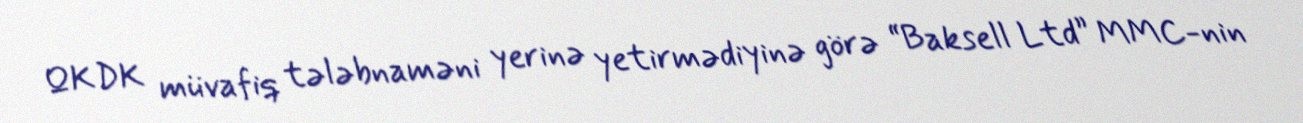
QKDK müvafiq tələbnaməni yerinə yetirmədiyinə görə “Baksell Ltd” MMC-nin